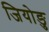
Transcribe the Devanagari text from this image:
जियोङु